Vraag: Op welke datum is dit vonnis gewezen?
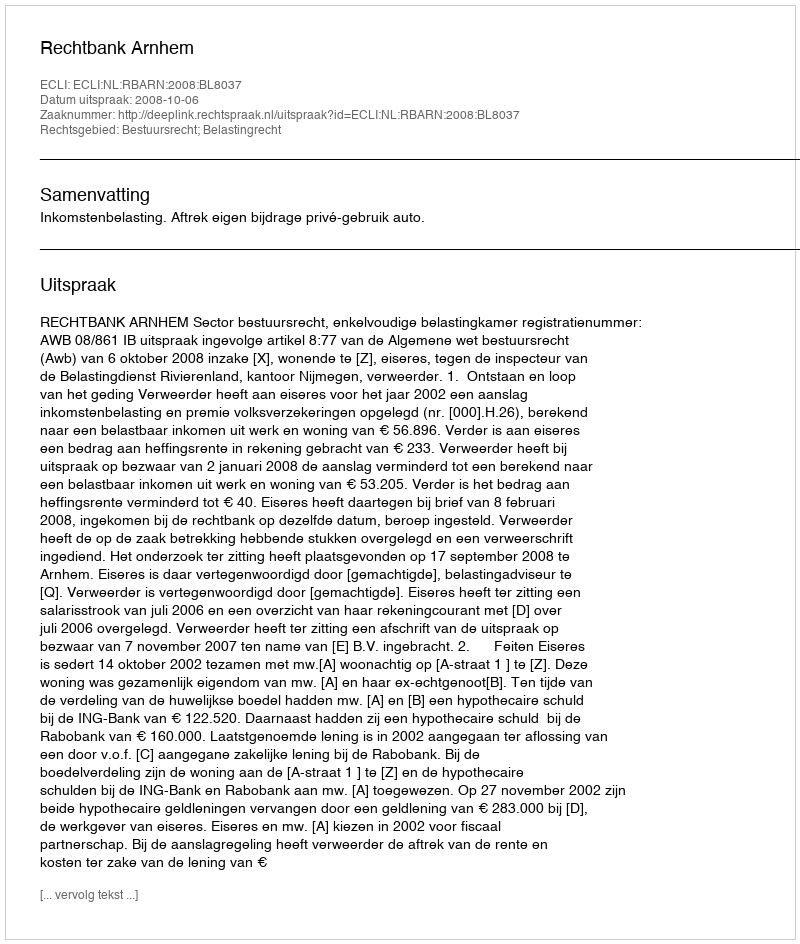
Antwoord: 2008-10-06